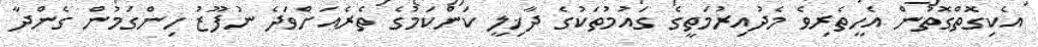
އެކިގޮތްގޮތުން އެހީތެރިވެ މެދުއިރުމަތީގެ ގައުމުތަކުގެ ދާޚިލީ ކަންކަމުގެ ތެރެއަށްވަދެ ނުފޫޒު ހިންގަމުން ގެންދާ